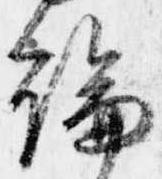
論